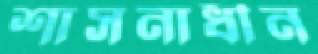
শাসনাধীন